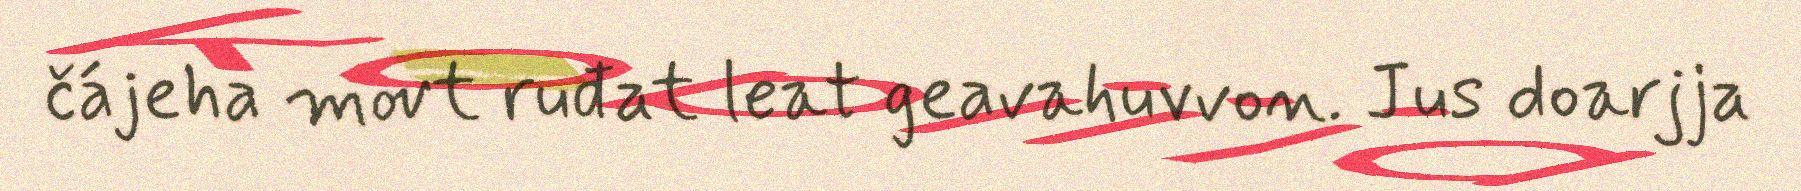
čájeha movt ruđat leat geavahuvvon. Jus doarjja